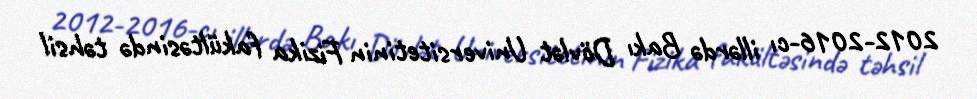
2012-2016-cı illərdə Bakı Dövlət Universitetinin Fizika fakültəsində təhsil